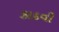
કાદવી